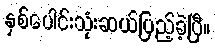
နှစ်ပေါင်းသုံးဆယ်ပြည့်ခဲ့ပြီ။